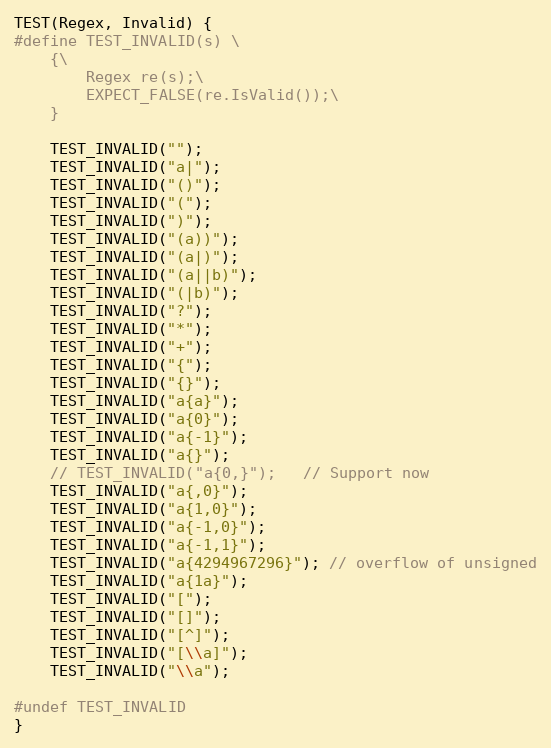
Language: C++
TEST(Regex, Invalid) {
#define TEST_INVALID(s) \
    {\
        Regex re(s);\
        EXPECT_FALSE(re.IsValid());\
    }

    TEST_INVALID("");
    TEST_INVALID("a|");
    TEST_INVALID("()");
    TEST_INVALID("(");
    TEST_INVALID(")");
    TEST_INVALID("(a))");
    TEST_INVALID("(a|)");
    TEST_INVALID("(a||b)");
    TEST_INVALID("(|b)");
    TEST_INVALID("?");
    TEST_INVALID("*");
    TEST_INVALID("+");
    TEST_INVALID("{");
    TEST_INVALID("{}");
    TEST_INVALID("a{a}");
    TEST_INVALID("a{0}");
    TEST_INVALID("a{-1}");
    TEST_INVALID("a{}");
    // TEST_INVALID("a{0,}");   // Support now
    TEST_INVALID("a{,0}");
    TEST_INVALID("a{1,0}");
    TEST_INVALID("a{-1,0}");
    TEST_INVALID("a{-1,1}");
    TEST_INVALID("a{4294967296}"); // overflow of unsigned
    TEST_INVALID("a{1a}");
    TEST_INVALID("[");
    TEST_INVALID("[]");
    TEST_INVALID("[^]");
    TEST_INVALID("[\\a]");
    TEST_INVALID("\\a");

#undef TEST_INVALID
}